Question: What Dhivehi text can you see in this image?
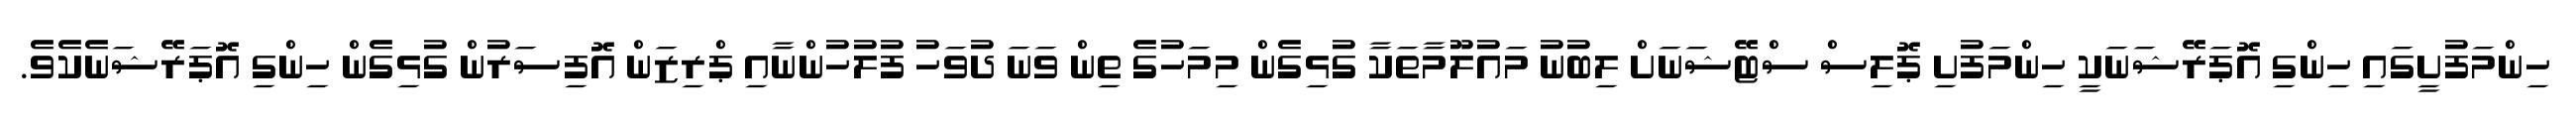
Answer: ހިންމަފުށީގައި ހިންގި އޮޕަރޭޝަނަކީ ހިންމަފުށި ޕޮލިސް ސްޓޭޝަނަށް ލިބުނު މައުލޫމާތަކާ ގުޅިގެން މިމަހުގެ ތިން ވަނަ ދުވަހު ފުލުހުންނާއި ޕްރިޒަން އޮފިސަރުން ގުޅިގެން ހިންގި އޮޕަރޭޝަނެކެވެ.